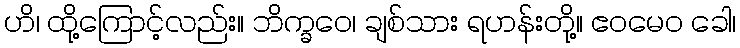
ဟိ၊ ထို့ကြောင့်လည်း။ ဘိက္ခဝေ၊ ချစ်သား ရဟန်းတို့။ ဧဝမေဝ ခေါ၊